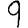
Digit: 9